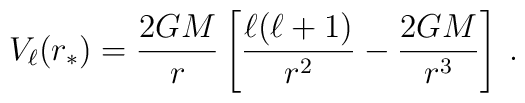
V_{\ell} (r_*) = \frac{2GM}{r} \left [ \frac{\ell ( \ell + 1 ) }{r^2}- \frac{2GM}{r^3} \right ] \>.